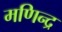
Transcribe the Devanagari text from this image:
मणिन्द्र